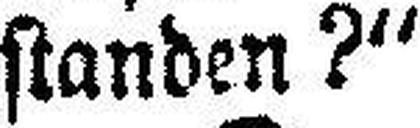
standen ?“